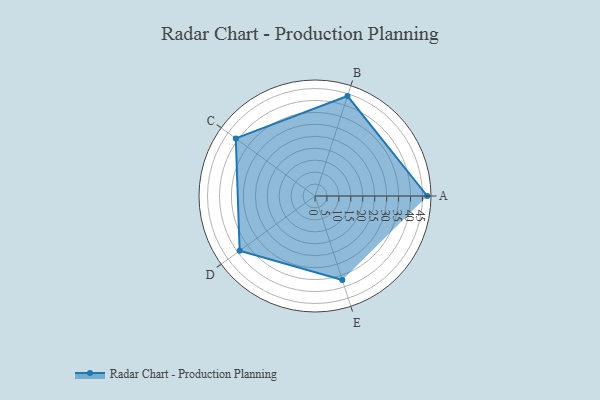
{"axis": {"x": "Skill", "y": "Score"}, "legend": ["Profile"], "data": [{"x": "A", "y": 47.0, "type": "Profile"}, {"x": "B", "y": 44.0, "type": "Profile"}, {"x": "C", "y": 41.0, "type": "Profile"}, {"x": "D", "y": 39.0, "type": "Profile"}, {"x": "E", "y": 37.0, "type": "Profile"}]}